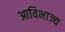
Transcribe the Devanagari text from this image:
आविभाज्य